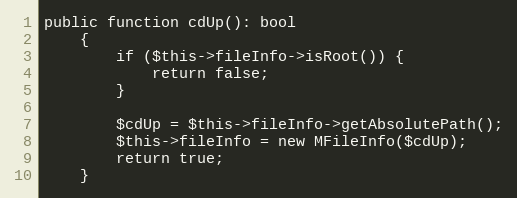
Language: PHP
public function cdUp(): bool
    {
        if ($this->fileInfo->isRoot()) {
            return false;
        }

        $cdUp = $this->fileInfo->getAbsolutePath();
        $this->fileInfo = new MFileInfo($cdUp);
        return true;
    }